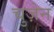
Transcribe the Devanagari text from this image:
चुज़ेन